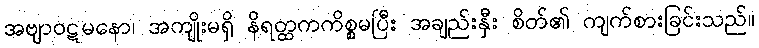
အဗျာဝဋမနော၊ အကျိုးမရှိ နိရတ္ထကကိစ္စမပြီး အချည်းနှီး စိတ်၏ ကျက်စားခြင်းသည်။